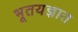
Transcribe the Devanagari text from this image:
भूतयज्ञात